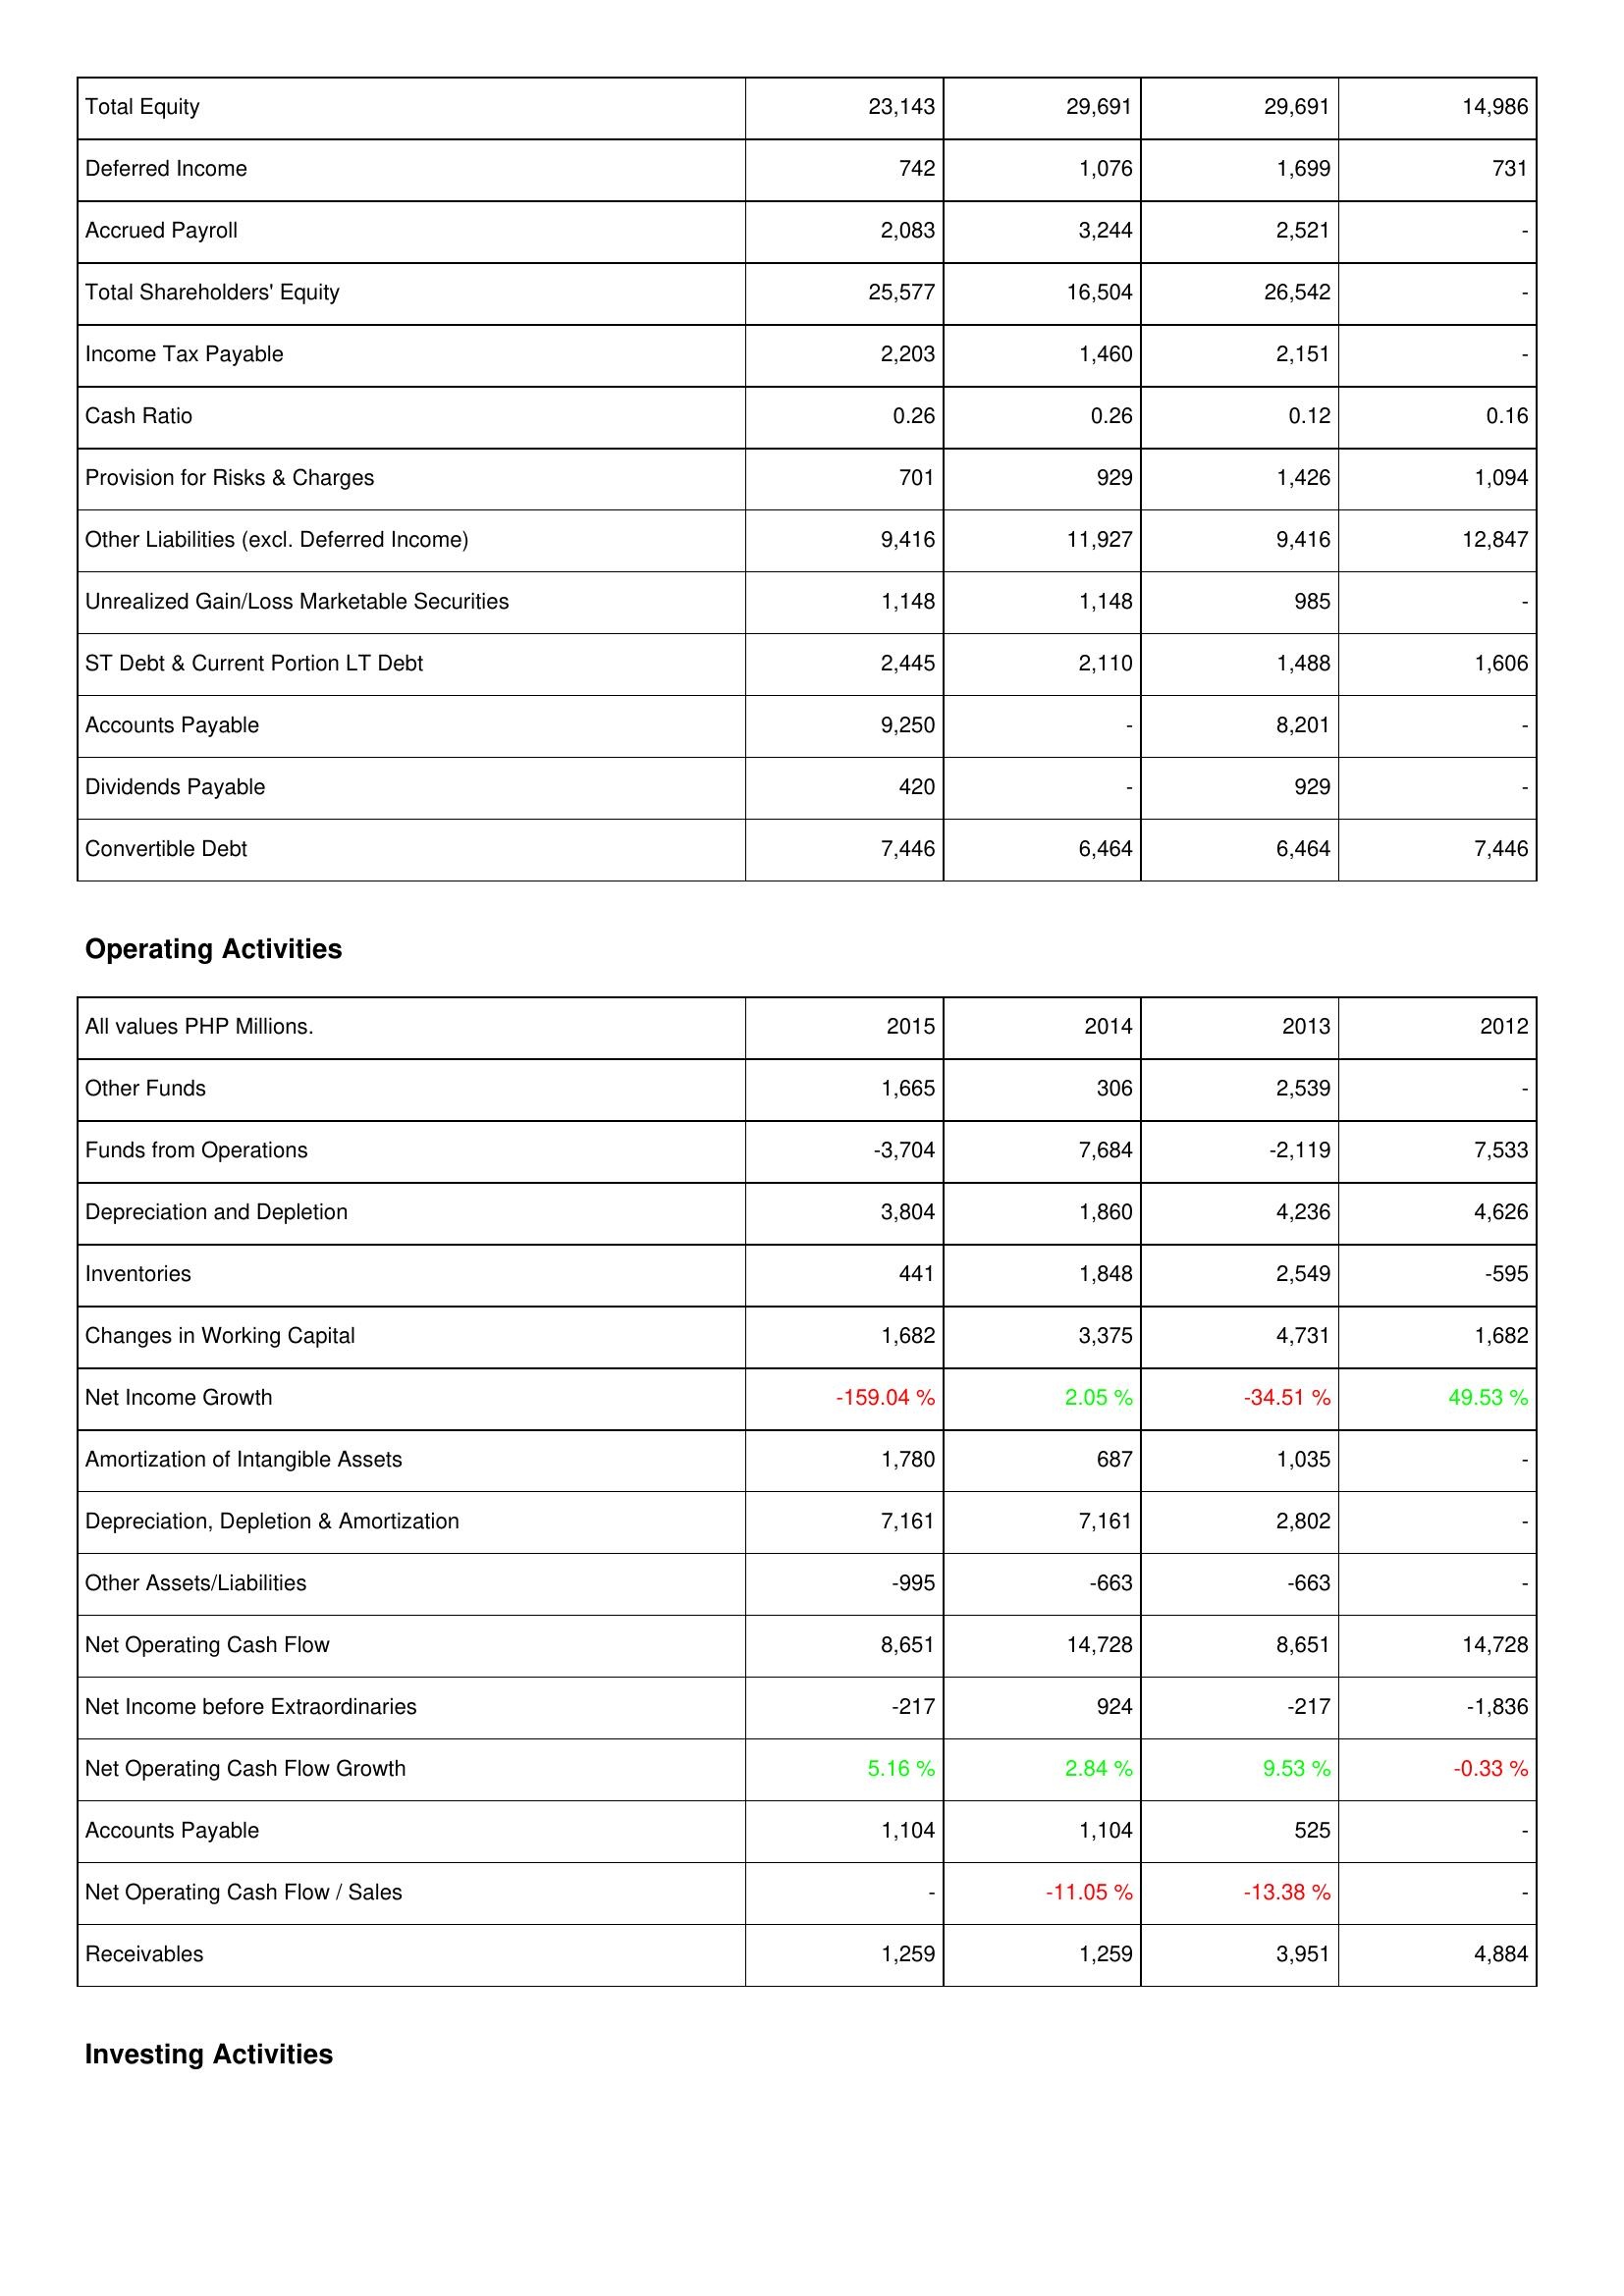
2015: Liabilities & Shareholders' Equity: Total Equity: 23,143
Deferred Income: 742
Accrued Payroll: 2,083
Total Shareholders' Equity: 25,577
Income Tax Payable: 2,203
Cash Ratio: 0.26
Provision for Risks & Charges: 701
Other Liabilities (excl. Deferred Income): 9,416
Unrealized Gain/Loss Marketable Securities: 1,148
ST Debt & Current Portion LT Debt: 2,445
Accounts Payable: 9,250
Dividends Payable: 420
Convertible Debt: 7,446
Operating Activities: Other Funds: 1,665
Funds from Operations: -3,704
Depreciation and Depletion: 3,804
Inventories: 441
Changes in Working Capital: 1,682
Net Income Growth: -159.04 %
Amortization of Intangible Assets: 1,780
Depreciation, Depletion & Amortization: 7,161
Other Assets/Liabilities: -995
Net Operating Cash Flow: 8,651
Net Income before Extraordinaries: -217
Net Operating Cash Flow Growth: 5.16 %
Accounts Payable: 1,104
Net Operating Cash Flow / Sales: -
Receivables: 1,259
2014: Liabilities & Shareholders' Equity: Total Equity: 29,691
Deferred Income: 1,076
Accrued Payroll: 3,244
Total Shareholders' Equity: 16,504
Income Tax Payable: 1,460
Cash Ratio: 0.26
Provision for Risks & Charges: 929
Other Liabilities (excl. Deferred Income): 11,927
Unrealized Gain/Loss Marketable Securities: 1,148
ST Debt & Current Portion LT Debt: 2,110
Accounts Payable: -
Dividends Payable: -
Convertible Debt: 6,464
Operating Activities: Other Funds: 306
Funds from Operations: 7,684
Depreciation and Depletion: 1,860
Inventories: 1,848
Changes in Working Capital: 3,375
Net Income Growth: 2.05 %
Amortization of Intangible Assets: 687
Depreciation, Depletion & Amortization: 7,161
Other Assets/Liabilities: -663
Net Operating Cash Flow: 14,728
Net Income before Extraordinaries: 924
Net Operating Cash Flow Growth: 2.84 %
Accounts Payable: 1,104
Net Operating Cash Flow / Sales: -11.05 %
Receivables: 1,259
2013: Liabilities & Shareholders' Equity: Total Equity: 29,691
Deferred Income: 1,699
Accrued Payroll: 2,521
Total Shareholders' Equity: 26,542
Income Tax Payable: 2,151
Cash Ratio: 0.12
Provision for Risks & Charges: 1,426
Other Liabilities (excl. Deferred Income): 9,416
Unrealized Gain/Loss Marketable Securities: 985
ST Debt & Current Portion LT Debt: 1,488
Accounts Payable: 8,201
Dividends Payable: 929
Convertible Debt: 6,464
Operating Activities: Other Funds: 2,539
Funds from Operations: -2,119
Depreciation and Depletion: 4,236
Inventories: 2,549
Changes in Working Capital: 4,731
Net Income Growth: -34.51 %
Amortization of Intangible Assets: 1,035
Depreciation, Depletion & Amortization: 2,802
Other Assets/Liabilities: -663
Net Operating Cash Flow: 8,651
Net Income before Extraordinaries: -217
Net Operating Cash Flow Growth: 9.53 %
Accounts Payable: 525
Net Operating Cash Flow / Sales: -13.38 %
Receivables: 3,951
2012: Liabilities & Shareholders' Equity: Total Equity: 14,986
Deferred Income: 731
Accrued Payroll: -
Total Shareholders' Equity: -
Income Tax Payable: -
Cash Ratio: 0.16
Provision for Risks & Charges: 1,094
Other Liabilities (excl. Deferred Income): 12,847
Unrealized Gain/Loss Marketable Securities: -
ST Debt & Current Portion LT Debt: 1,606
Accounts Payable: -
Dividends Payable: -
Convertible Debt: 7,446
Operating Activities: Other Funds: -
Funds from Operations: 7,533
Depreciation and Depletion: 4,626
Inventories: -595
Changes in Working Capital: 1,682
Net Income Growth: 49.53 %
Amortization of Intangible Assets: -
Depreciation, Depletion & Amortization: -
Other Assets/Liabilities: -
Net Operating Cash Flow: 14,728
Net Income before Extraordinaries: -1,836
Net Operating Cash Flow Growth: -0.33 %
Accounts Payable: -
Net Operating Cash Flow / Sales: -
Receivables: 4,884